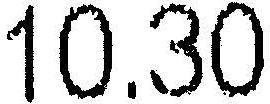
10.30